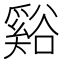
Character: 谿